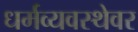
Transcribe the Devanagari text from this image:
धर्मव्यवस्थेवर